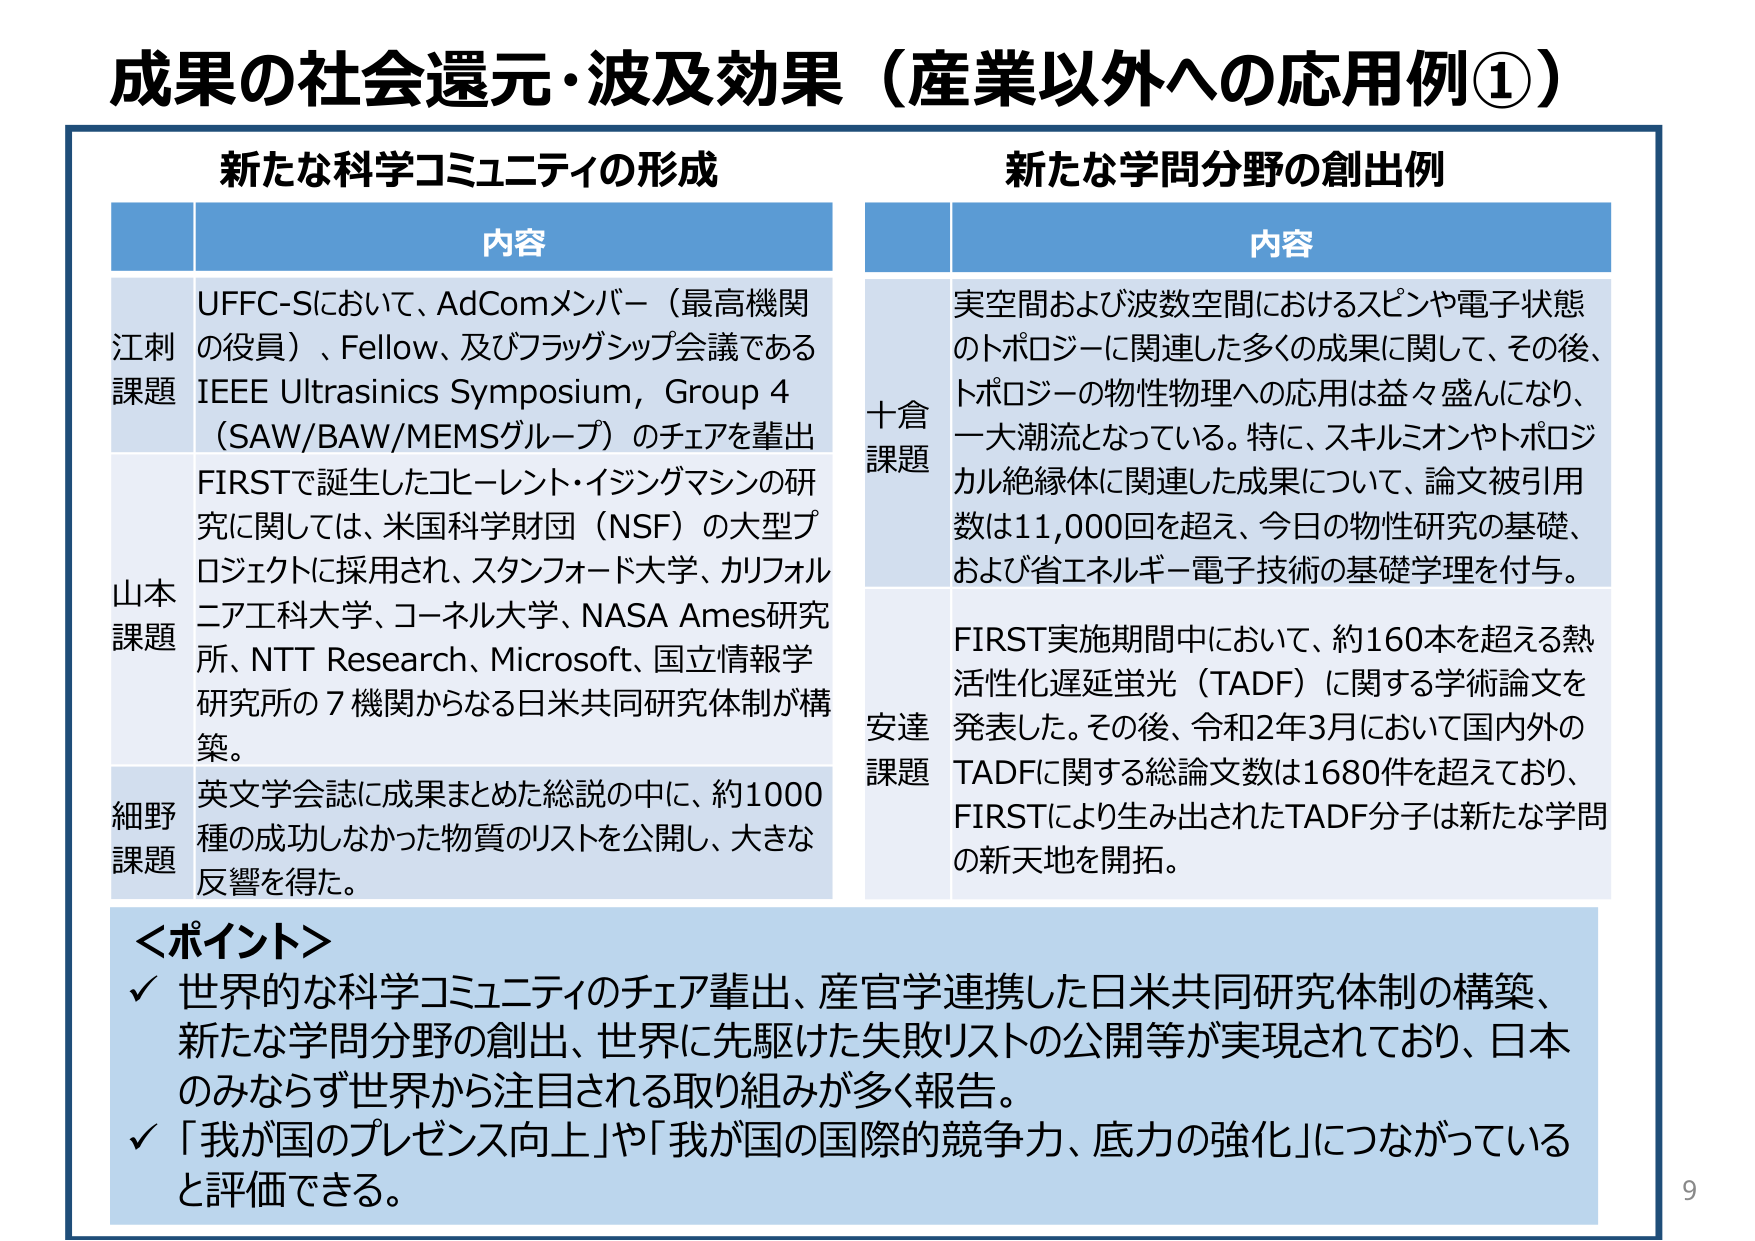
成果の社会還元・波及効果（産業以外への応用例①）

新たな科学コミュニティの形成

内容

江刺課題
UFFC-Sにおいて、AdComメンバー（最高機関の役員）、Fellow、及びフラッグシップ会議であるIEEE Ultrasonics Symposium, Group 4（SAW/BAW/MEMSグループ）のチェアを輩出

山本課題
FIRSTで誕生したコヒーレント・イジングマシンの研究に関しては、米国科学財団（NSF）の大型プロジェクトに採用され、スタンフォード大学、カリフォルニア工科大学、コーネル大学、NASA Ames研究所、NTT Research、Microsoft、国立情報学研究所の7機関からなる日米共同研究体制が構築。

細野課題
英文学会誌に成果まとめた総説の中に、約1000種の成功しなかった物質のリストを公開し、大きな反響を得た。

新たな学問分野の創出例

内容

十倉課題
実空間および波数空間におけるスピンや電子状態のトポロジーに関連した多くの成果に関して、その後、トポロジーの物性物理への応用は益々盛んになり、一大潮流となっている。特に、スキルミオンやトポロジカル絶縁体に関連した成果について、論文被引用数は11,000回を超え、今日の物性研究の基礎、および省エネルギー電子技術の基礎学理を付与。

安達課題
FIRST実施期間中において、約160本を超える熱活性化遅延蛍光（TADF）に関する学術論文を発表した。その後、令和2年3月において国内外のTADFに関する総論文数は1680件を超えており、FIRSTにより生み出されたTADF分子は新たな学問の新天地を開拓。

＜ポイント＞
✓ 世界的な科学コミュニティのチェア輩出、産官学連携した日米共同研究体制の構築、新たな学問分野の創出、世界に先駆けた失敗リストの公開等が実現されており、日本のみならず世界から注目される取り組みが多く報告。
✓ 「我が国のプレゼンス向上」や「我が国の国際的競争力、底力の強化」につながっていると評価できる。

9